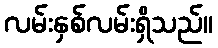
လမ်းနှစ်လမ်းရှိသည်။